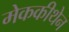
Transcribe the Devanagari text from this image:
मेककीथेन